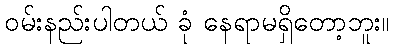
ဝမ်းနည်းပါတယ် ခုံ နေရာမရှိတော့ဘူး။